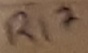
Text: R17